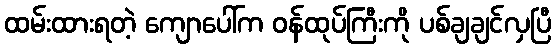
ထမ်းထားရတဲ့ ကျောပေါ်က ဝန်ထုပ်ကြီးကို ပစ်ချချင်လှပြီ